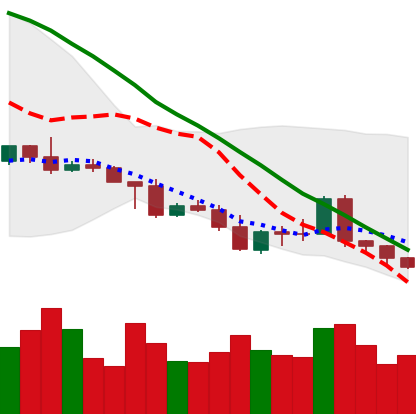
Ticker: NEO-USD
Chart end date: 2022-05-08
Forward return: -35.644%
Label: down_7plus